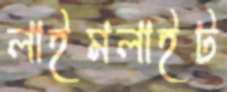
লাইমলাইট